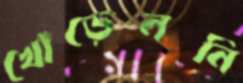
খোঁড়েননি